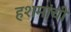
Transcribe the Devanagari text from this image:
हशमांची